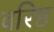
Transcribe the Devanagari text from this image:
वरिष्ठ